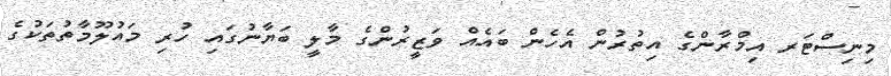
މިނިސްޓަރ އިމްރާންގެ އިތުރުން އެހެން ބައެއް ވަޒީރުންގެ މާލީ ބަޔާނުގައި ހުރި މައުލޫމާތުތަކުގެ